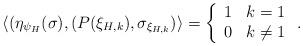
LaTeX: \begin{align*} \langle ( \eta_{\psi_{H}}(\sigma) , (P(\xi_{H,k}),\sigma_{\xi_{H,k} }) \rangle=\left\{ \begin{array}{ll} 1 & k = 1\\ 0 & k \neq 1 \end{array} \right. .\end{align*}